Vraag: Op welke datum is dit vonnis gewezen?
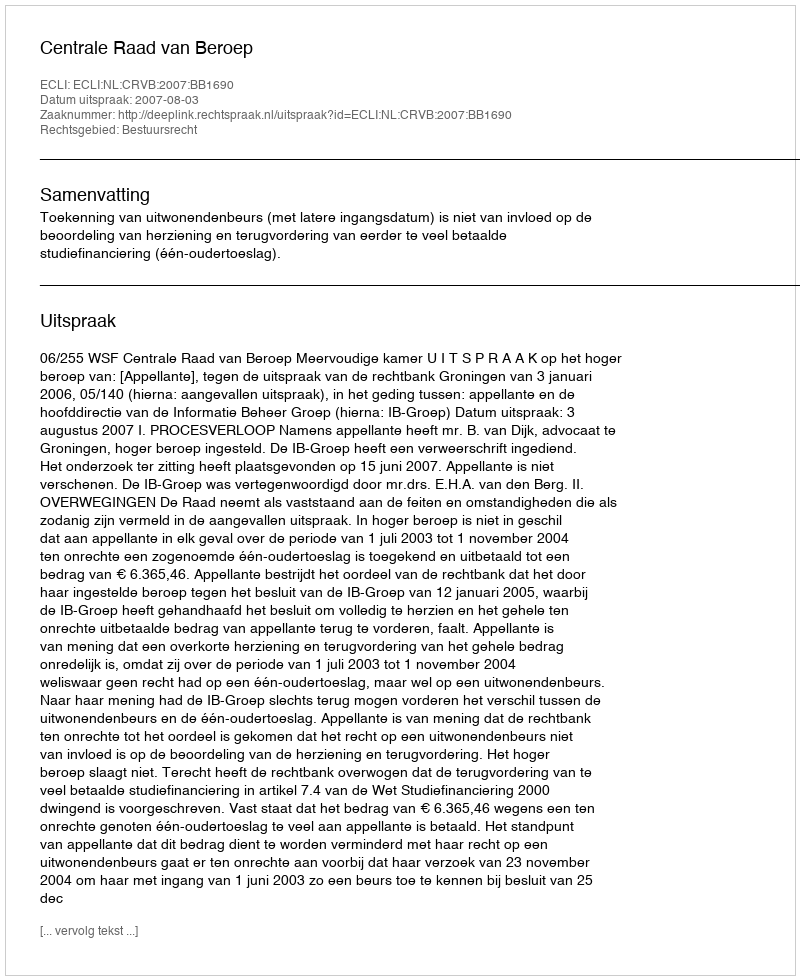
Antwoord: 2007-08-03